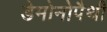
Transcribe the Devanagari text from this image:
डेमोनोपैथी